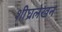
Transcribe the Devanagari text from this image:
शीघ्रलेखन